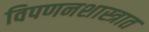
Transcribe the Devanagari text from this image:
विपणनशास्त्रात